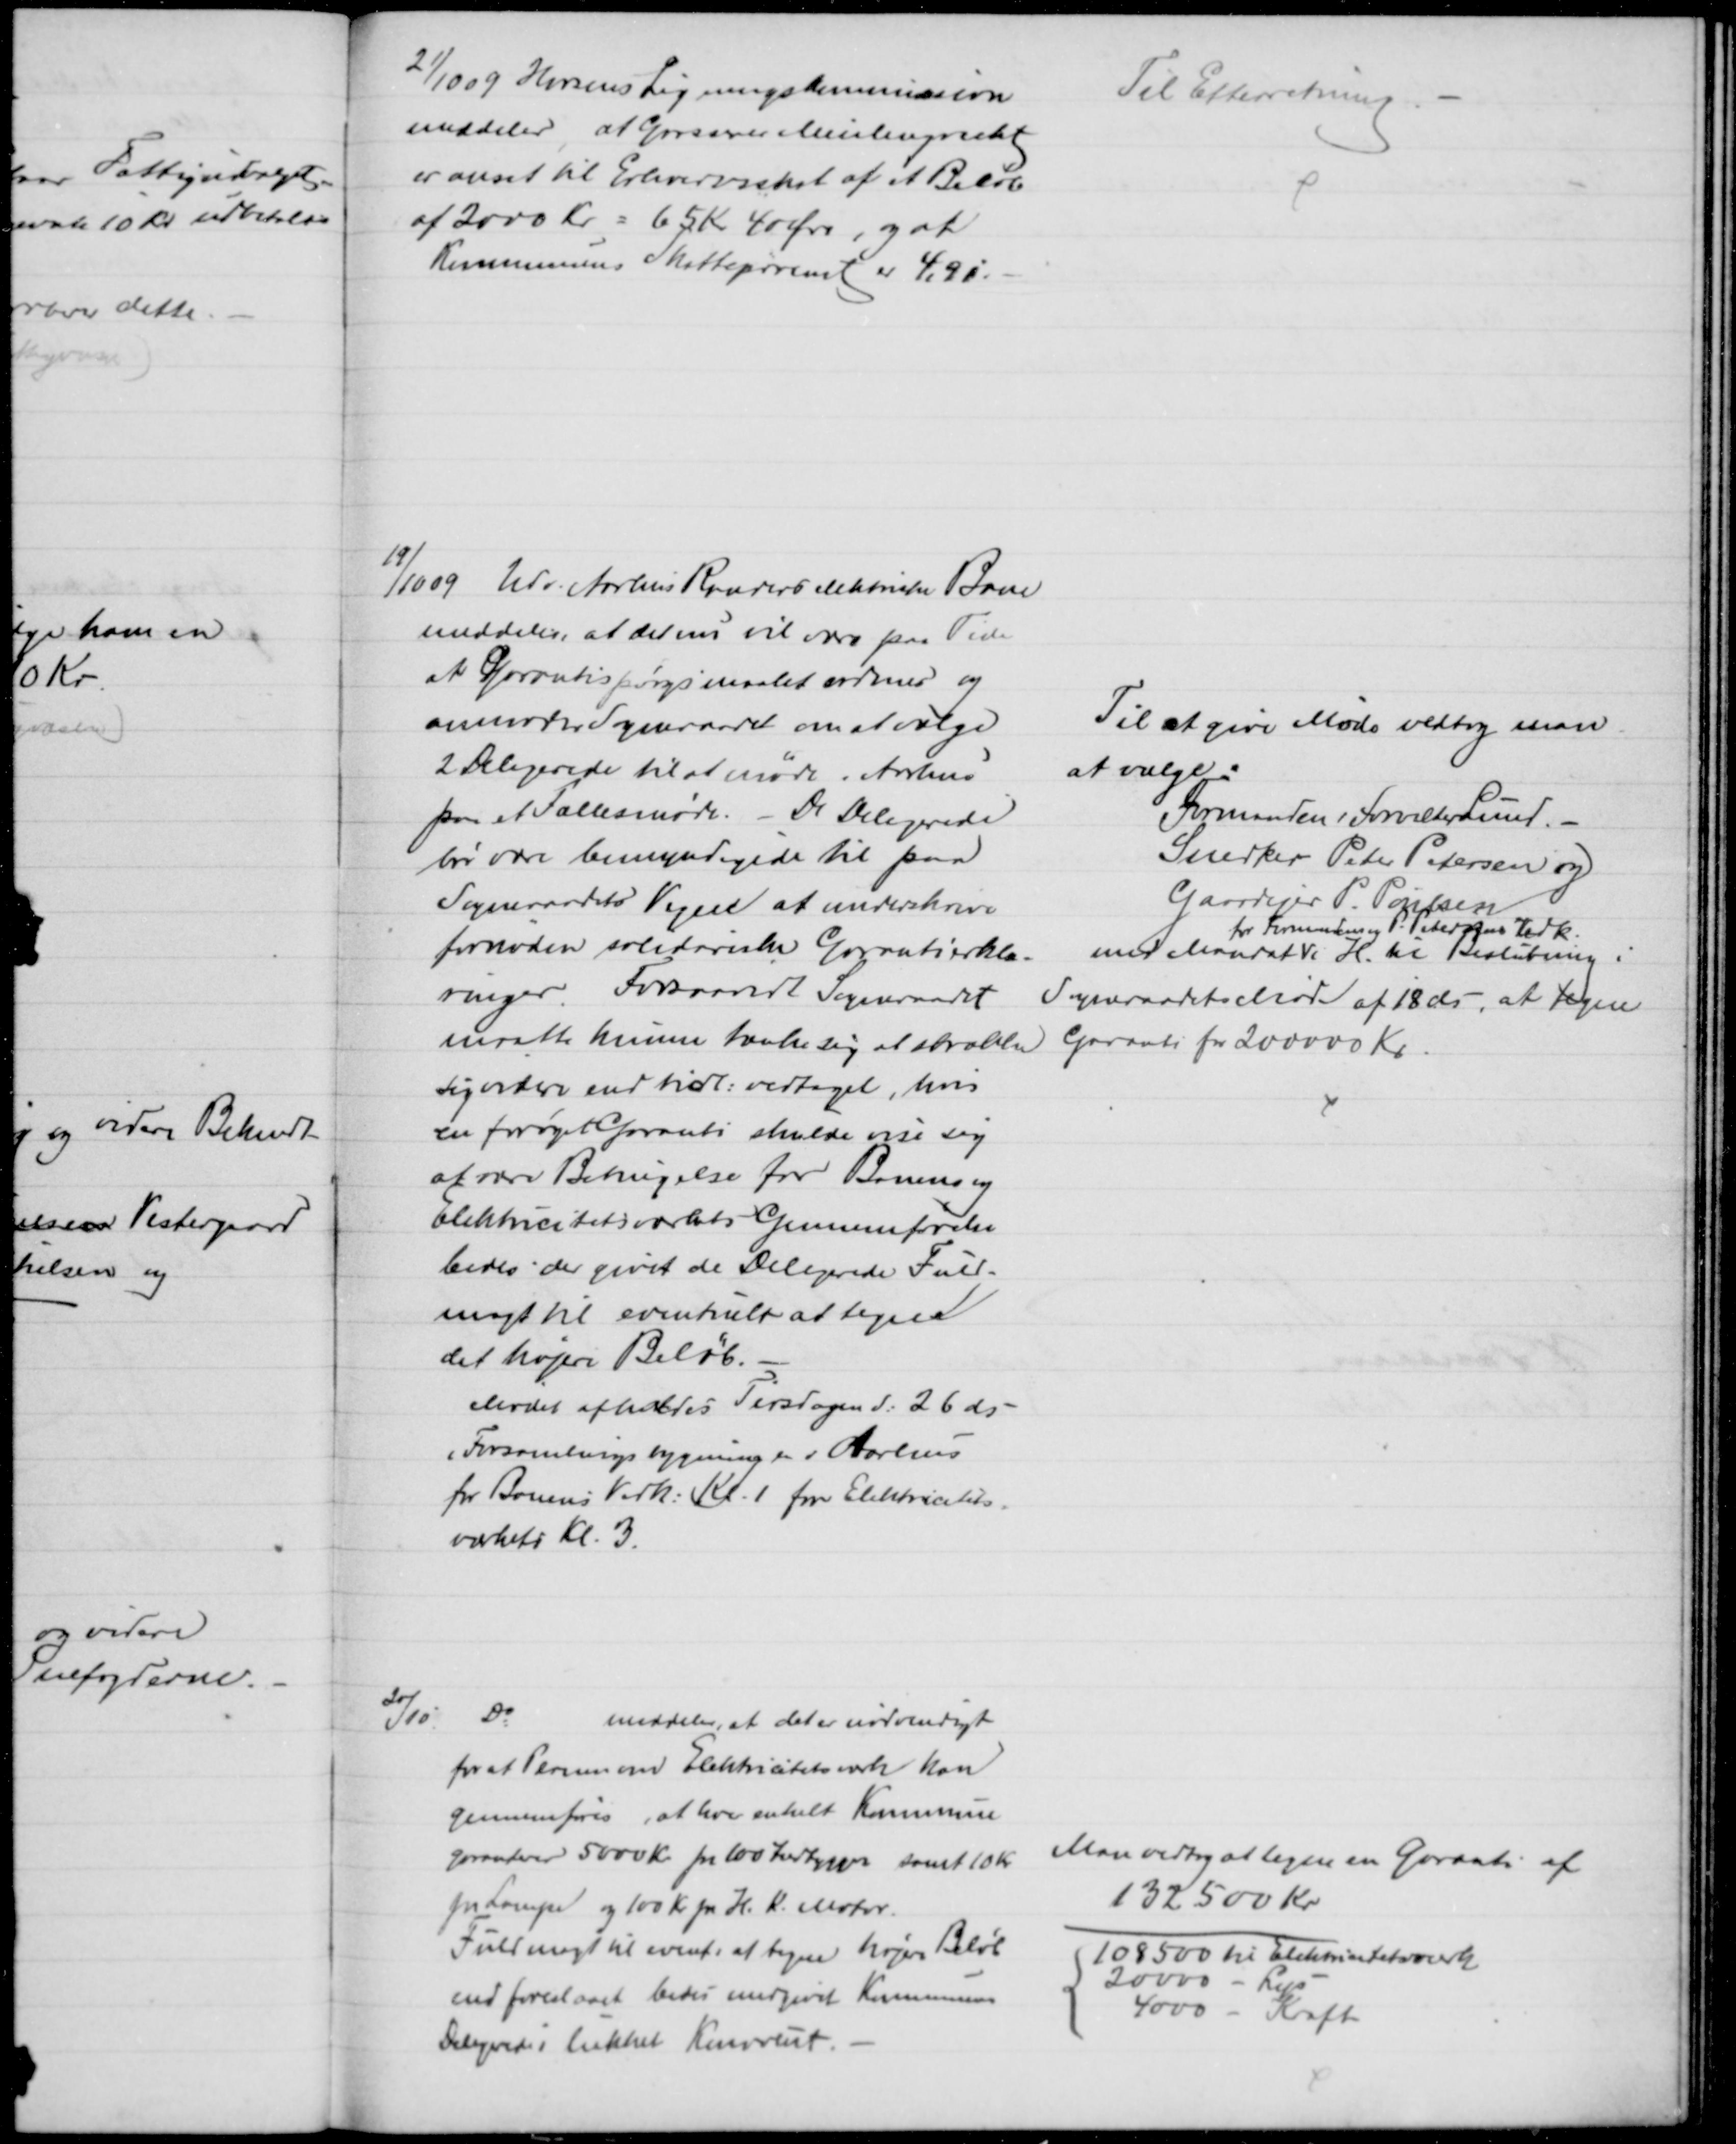
Transskription:
21/10 09 Horsens Ligningskommission
meddeler, at Grosserer Meulengracht
er ansat til Erhvervsskat af et Beløb 
af 2000 Kr = 65 Kr 40 Øre, og at
Kommunens Skatteprocent er 4,90.
Til Efterretning
19/10 09 Udv. Aarhus Randers elektriske Bane
meddeler, at det nu vil være paa Tide
at Garantispørgsmaalet ordnes og
anmoder Sogneraadet om at vælge
2 Delegerede til at møde i Aarhus
paa et Fællesmøde. - De Delegerede
bør være bemyndigede til paa
Sogneraadets Vegne at underskrive
fornøden solidariske Garantierklæ-
ringer. Forsaavidt Sogneraadet
matte kunne tænke sig at strække
sig videre end tidl: vedtaget, hvis 
en forøget Garanti skulde vise sig 
at være Betingelse for Banens og
Elektricitetsværkets Gennemførelse
bedes der givet de Delegerede Fuld-
magt til eventuelt at tegne
det højere Beløb.
Mødet afholdes Tirsdagen d. 26 ds
i Forsamlingsbygningen i Aarhus
for Banens Vedk. Kl. 1 for Elektricitets-
værkets Kl. 3.
Til at give Møde vedtog man
at vælge:
Formanden Forvalter Lund. 
Snedker Peter Petersen og
Gaardejer P. Poulsen
med Mandat
for Formandens og P. Petersens Vedk.
i H. til Beslutning i
Sogneraadets Møde af 18 ds, at tegne
Garanti for 200000 Kr.
20/10
Do
meddeler, at det er nødvendigt
for at Planen om Elektricitetsværk kan
gennemføres, at hver enkelt Kommune
garanterer 5000 Kr pr 100 Indbygger samt 10 Kr. 
for Lamper og 100 Kr pr. H. K. Motor.
Fuldmagt til event. at tegne højere Beløb
end foreslaaet bedes medgivet Kommunens
Delegerede i lukket Konvolut.
Man vedtog at tegne en Garanti af
132500 Kr.
108500 til Elektricitetsværk
20000 - Lys
4000 - Kraft